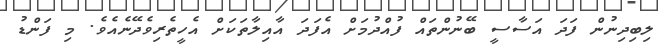
ލިބިދިނުން ފަދަ އަސާސީ ބޭނުންތައް ފުއްދުމަށް އެފަދަ އާއިލާތަކަށް އެހީތެރިވެދޭނެއެވެ. މި ފަންޑު